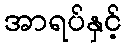
အာရပ်နှင့်